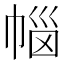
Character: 𭘥